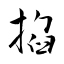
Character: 掐